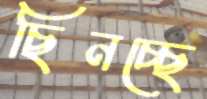
ছিনচ্ছে